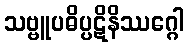
သဗ္ဗူပဓိပ္ပဋိနိဿဂ္ဂေါ